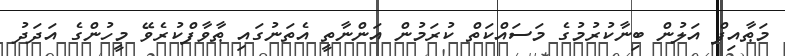
މަޠާއިފް އަލުން ބިނާކުރުމުގެ މަސައްކަތް ކުރަމުން އަންނާތީ އެތަނުގައި ޠާވާފްކުރެވޭ މީހުންގެ އަދަދު